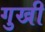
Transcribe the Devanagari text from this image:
गुखी